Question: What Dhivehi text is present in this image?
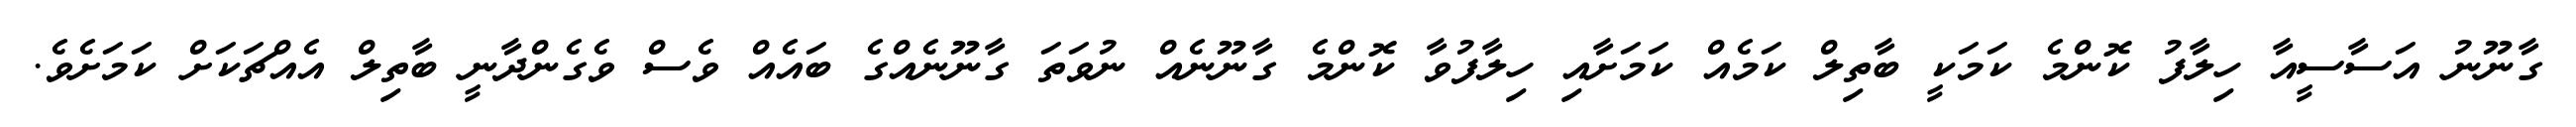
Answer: ގާނޫނު އަސާސީއާ ހިލާފު ކޮންމެ ކަމަކީ ބާތިލް ކަމެއް ކަމަށާއި ހިލާފުވާ ކޮންމެ ގާނޫނެއް ނުވަތަ ގާނޫނެއްގެ ބައެއް ވެސް ވެގެންދާނީ ބާތިލް އެއްޗަކަށް ކަމަށެވެ.